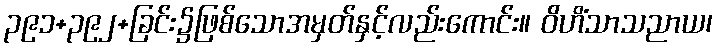
၃၉၁+၃၉၂+ခြင်း၌ဖြစ်သောအမှတ်နှင့်လည်းကောင်း။ ဝိဟိံသာသညာယ၊